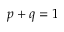
p + q = 1